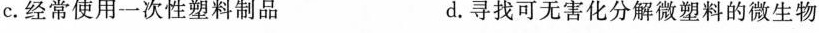
c.经常使用一次性塑料制品 d。寻找可无害化分解微塑料的微生物